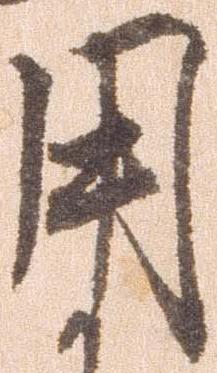
用